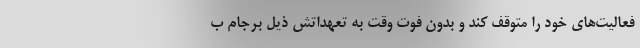
فعالیت‌هاي خود را متوقف کند و بدون فوت وقت به تعهداتش ذیل برجام ب